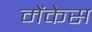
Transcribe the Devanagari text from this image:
मेंकेस